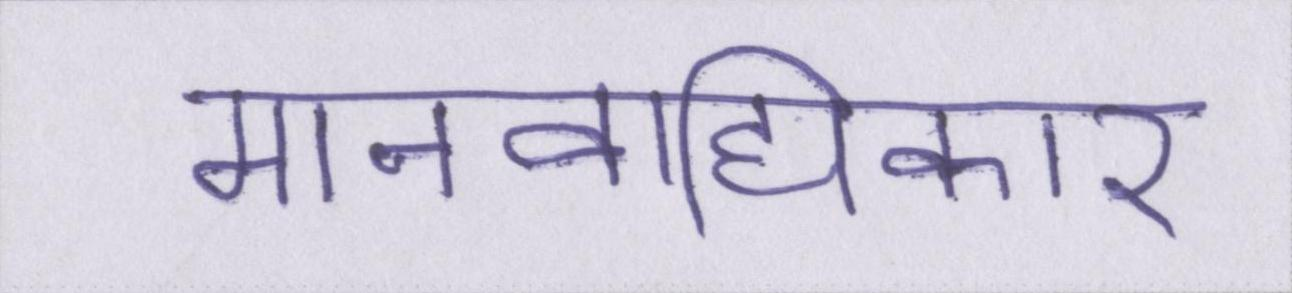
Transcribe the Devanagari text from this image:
मानवाधिकार